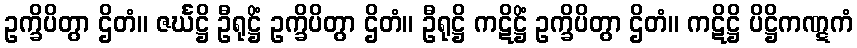
ဥက္ခိပိတွာ ဌိတံ။ ဇင်္ဃဋ္ဌိ ဦရုဋ္ဌိံ ဥက္ခိပိတွာ ဌိတံ။ ဦရုဋ္ဌိ ကဋိဋ္ဌိံ ဥက္ခိပိတွာ ဌိတံ။ ကဋိဋ္ဌိ ပိဋ္ဌိကဏ္ဋကံ